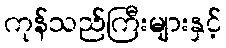
ကုန်သည်ကြီးများနှင့်